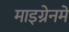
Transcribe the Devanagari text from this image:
माइग्रेनमें